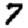
Digit: 7